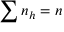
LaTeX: \sum { n _ { h } } = n